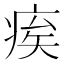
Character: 𤶗